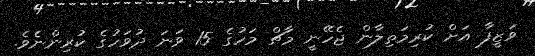
ވަޒީފާ އަށް ކުރިމަތިލާން ޖެހޭނީ މާޗް މަހުގެ 15 ވަނަ ދުވަހުގެ ކުރިންނެވެ.